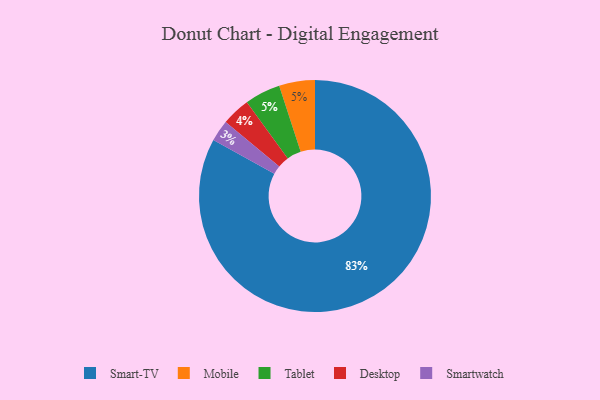
{"axis": {"x": "Category", "y": "Percentage"}, "legend": ["Desktop", "Mobile", "Smart-TV", "Smartwatch", "Tablet"], "data": [{"x": "Mobile", "y": 5, "type": "Mobile"}, {"x": "Smartwatch", "y": 3, "type": "Smartwatch"}, {"x": "Desktop", "y": 4, "type": "Desktop"}, {"x": "Smart-TV", "y": 83, "type": "Smart-TV"}, {"x": "Tablet", "y": 5, "type": "Tablet"}]}